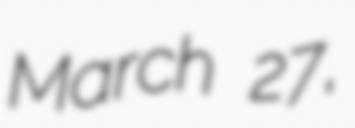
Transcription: March 27,